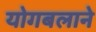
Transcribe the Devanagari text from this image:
योगबलाने